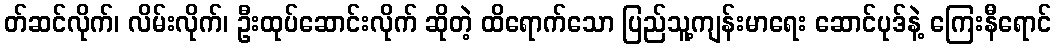
တ်ဆင်လိုက်၊ လိမ်းလိုက်၊ ဦးထုပ်ဆောင်းလိုက် ဆိုတဲ့ ထိရောက်သော ပြည်သူ့ကျန်းမာရေး ဆောင်ပုဒ်နဲ့ ကြေးနီရောင်